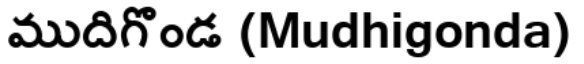
ముదిగొండ (Mudhigonda)